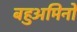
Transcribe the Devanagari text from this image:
बहुअमिनो